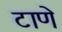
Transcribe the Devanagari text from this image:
टाणे